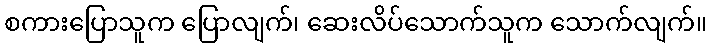
စကားပြောသူက ပြောလျက်၊ ဆေးလိပ်သောက်သူက သောက်လျက်။